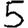
Digit: 5